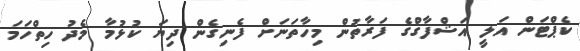
ކެޕްޓަން އަލީ އަޝްފާގްގެ ފަރާތުން މިހާތަނަށް ފެނިގެން ދިޔަ ކުޅުމާ މެދު ހިތްހަމަ